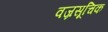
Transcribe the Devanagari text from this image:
वज्रसूचिक